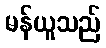
မန်ယူသည်